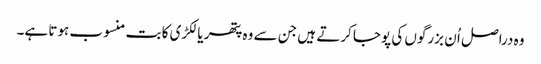
وہ دراصل اُ ن بزرگوں کی پوجا کرتے ہیں جن سے وہ پتھر یا لکڑی کا بت منسوب ہوتا ہے۔